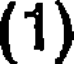
(1)